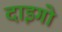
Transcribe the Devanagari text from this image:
दाइगो